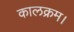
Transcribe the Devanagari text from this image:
कालक्रम।